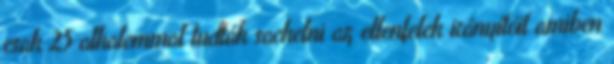
csak 25 alkalommal tudták sackelni az ellenfelek irányítóit amiben